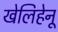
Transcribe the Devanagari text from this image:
खेलिहेनू